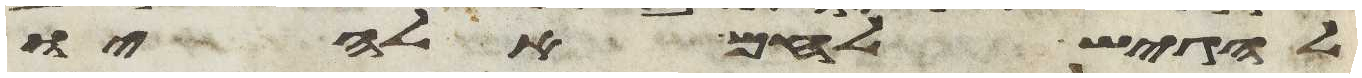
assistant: להגיש לחם אלהיו